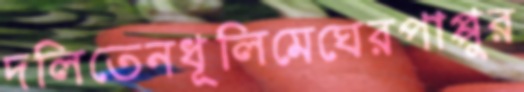
দলিতেনধূলিমেঘেরপাপ্পুর